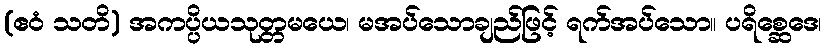
(ဧဝံ သတိ) အကပ္ပိယသုတ္တမယေ၊ မအပ်သောချည်ဖြင့် ရက်အပ်သော။ ပရိစ္ဆေဒေ၊